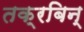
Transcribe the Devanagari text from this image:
तक्रबिन्